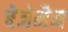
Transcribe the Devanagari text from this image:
बेजेमैन